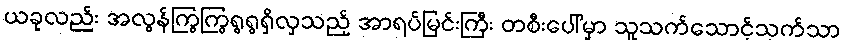
ယခုလည်း အလွန်ကြွကြွရွရွရှိလှသည့် အာရပ်မြင်းကြီး တစီးပေါ်မှာ သူသက်သောင့်သက်သာ